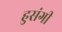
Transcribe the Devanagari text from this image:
हुसंगी